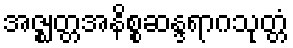
အဇ္ဈတ္တအနိစ္စဆန္ဒရာဂသုတ္တံ